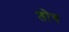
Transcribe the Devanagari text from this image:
तोब